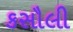
કસૌલી